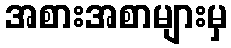
အစားအစာများမှ